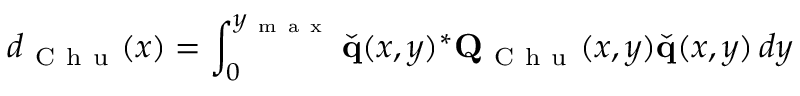
d _ { \mathrm { ~ C ~ h ~ u ~ } } ( x ) = \int _ { 0 } ^ { y _ { \mathrm { ~ m ~ a ~ x ~ } } } \check { \mathbf { q } } ( x , y ) ^ { * } \mathbf { Q } _ { \mathrm { ~ C ~ h ~ u ~ } } ( x , y ) \check { \mathbf { q } } ( x , y ) \, d y